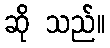
ဆို သည်။